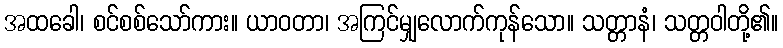
အထခေါ၊ စင်စစ်သော်ကား။ ယာဝတာ၊ အကြင်မျှလောက်ကုန်သော။ သတ္တာနံ၊ သတ္တဝါတို့၏။